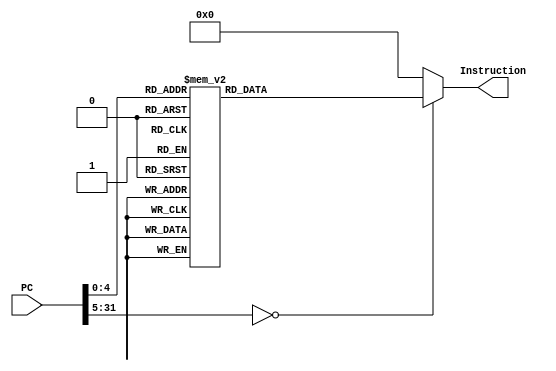
`timescale 1ns / 1ps
// ----------------------------------------------------
// IMPORTANT!
// Which test program to use:
// - PROGRAM_1: first simple example.
//
// - PROGRAM_2: test remaining instructions 
//              and corner cases.
// - PROGRAM_3: optional LW/SW program.
//
//
// Change the previous line to try a different program,
// when available.
// ----------------------------------------------------

module Instruction_Memory(PC,Instruction);

input [31:0] PC;

output [31:0] Instruction;
reg [31:0] Instruction;

always @(PC)
begin
case(PC)



	// LI   $R0, 0xFFFF 
	0: Instruction=  32'b111001_00000_00000_1111111111111111;
	// LUI  $R0, 0xFFFF
	1: Instruction=  32'b111010_00000_00000_1111111111111111;
	// LI   $R1, 0x0000
	2: Instruction=  32'b111001_00001_00000_0000000000000000;
	// LUI  $R1, 0x0000
	3: Instruction=  32'b111010_00001_00000_0000000000000000;
	// LI   $R2, 0x0002
	4: Instruction=  32'b111001_00010_00000_0000000000000010;
	// LUI  $R2, 0x0000
	5: Instruction=  32'b111010_00010_00000_0000000000000000;
	// ADD  $R3, $R0, $R2
	6: Instruction=  32'b010010_00011_00000_00010_00000000000; 

	//
	// 1.2) Second part: store and load, should store $R3
	// (contains 1) into address 5.  Then load from 
	// address 5 into register $R1.  $R1 should then 
	// contain 1.
	//

	// SWI  $R3, [0x5]
	7: Instruction=  32'b111100_00011_00000_0000000000000101;
	// LWI  $R1, [0x5]
	8: Instruction=  32'b111011_00001_00000_0000000000000101;


	//
	// 1.3) Third part: simple loop tests, to check branch
	//     look at the PC and alu output to check
	//

	// LI	$R23, 0x0000
	9: Instruction=	 32'b111001_10111_00000_0000000000000000;
	// ADDI $R0, $R0, 0x0001
	10: Instruction=  32'b110010_00000_00000_0000000000000001;
	// SLT  $R31, $R0, $R1
	11: Instruction= 32'b010111_11111_00000_00001_00000000000;
	// BNE 	$R31, $R23, 0xFFFD
	12: Instruction= 32'b100001_11111_10111_1111111111111101;


	// LI	$R23, 0x0003
	13: Instruction=  32'b111001_10111_00000_0000000000000011;
	// ADDI $R24, $R24, 0x0001
	14: Instruction=  32'b110010_11000_11000_0000000000000001;
	// BLT 	$R24, $R23, 0xFFFE
	15: Instruction= 32'b100010_11000_10111_1111111111111110;

	
	// ADDI $R25, $R25, 0x0001
	16: Instruction= 32'b110010_11001_11001_0000000000000001;
	// BLE 	$R25, $R23, 0xFFFE
	17: Instruction= 32'b100011_11001_10111_1111111111111110;

	// J 22	/ should skip the two addi 5 and go to addi 7
	18: Instruction= 32'b000001_00000_00000_0000000000010101;
	// ADDI $R0, $R0, 0x0005
	19: Instruction= 32'b110010_00000_00000_0000000000000101;
	// ADDI $R0, $R0, 0x0005
	20: Instruction= 32'b110010_00000_00000_0000000000000101;
	// ADDI $R26, $R26, 0x0007
	21: Instruction= 32'b110010_11010_11010_0000000000000111;
	// NOOP
	22: Instruction= 32'b000000_00000_00000_0000000000000000;
	
	default: Instruction= 0; //NOOP
endcase
end

endmodule